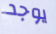
يوجد